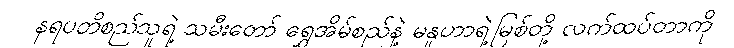
နရပတိစည်သူရဲ့ သမီးတော် ရွှေအိမ်စည်နဲ့ မနူဟာရဲ့မြစ်တို့ လက်ထပ်တာကို